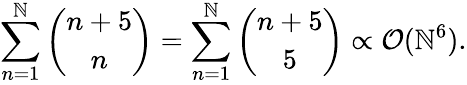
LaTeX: \sum_{n=1}^{\mathbb{N}}{\binom{n+5}{n}}=\sum_{n=1}^{\mathbb{N}}{\binom{n+5}{5}}\propto\mathcal{{O}}(\mathbb{N}^{6}).